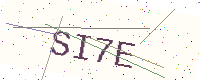
Text: SI7E